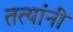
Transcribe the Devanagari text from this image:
तत्यांनी